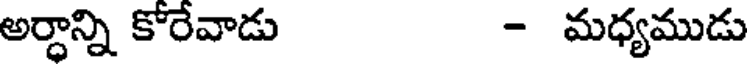
అర్ధాన్ని కోరేవాడు - మధ్యముడు